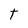
Character: T